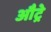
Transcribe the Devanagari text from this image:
औट्रे